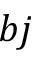
b j